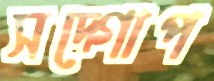
সদ্‌গোপ